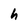
Character: h